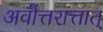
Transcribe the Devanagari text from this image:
अवोत्तरात्तात्